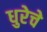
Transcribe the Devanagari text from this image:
धुरेचे